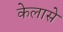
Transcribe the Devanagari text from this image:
केलासे